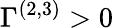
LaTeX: \Gamma^{(2,3)}>0